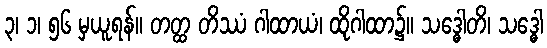
၃၊ ၁၊ ၅၆ မှယူရန်။ တတ္ထ တိဿံ ဂါထာယံ၊ ထိုဂါထာ၌။ သဒ္ဓေါတိ၊ သဒ္ဓေါ